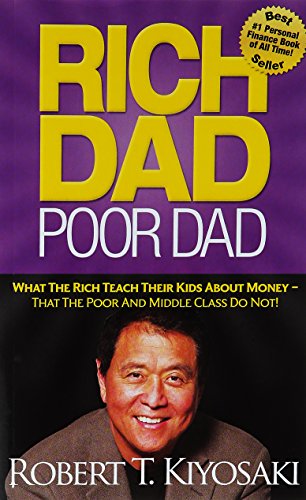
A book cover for Rich Dad Poor Dad: What The Rich Teach Their Kids About Money That the Poor and Middle Class Do Not!; Robert T. Kiyosaki; Business & Money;